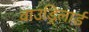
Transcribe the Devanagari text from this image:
वाउड्रिलार्ड